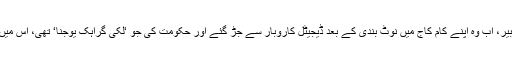
دہلی کے 22 سالہ کار ڈرائیور بھائی سبير، اب وہ اپنے کام کاج میں نوٹ بندی کے بعد ڈیجیٹل کاروبار سے جڑ گئے اور حکومت کی جو ‘لکی گراہک یوجنا‘ تھی، اس میں وہ ایک لاکھ روپے کا انعام حاصل کیا۔